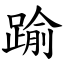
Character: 踰